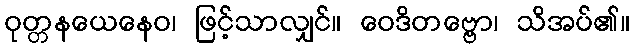
ဝုတ္တနယေနေဝ၊ ဖြင့်သာလျှင်။ ဝေဒိတဗ္ဗော၊ သိအပ်၏။